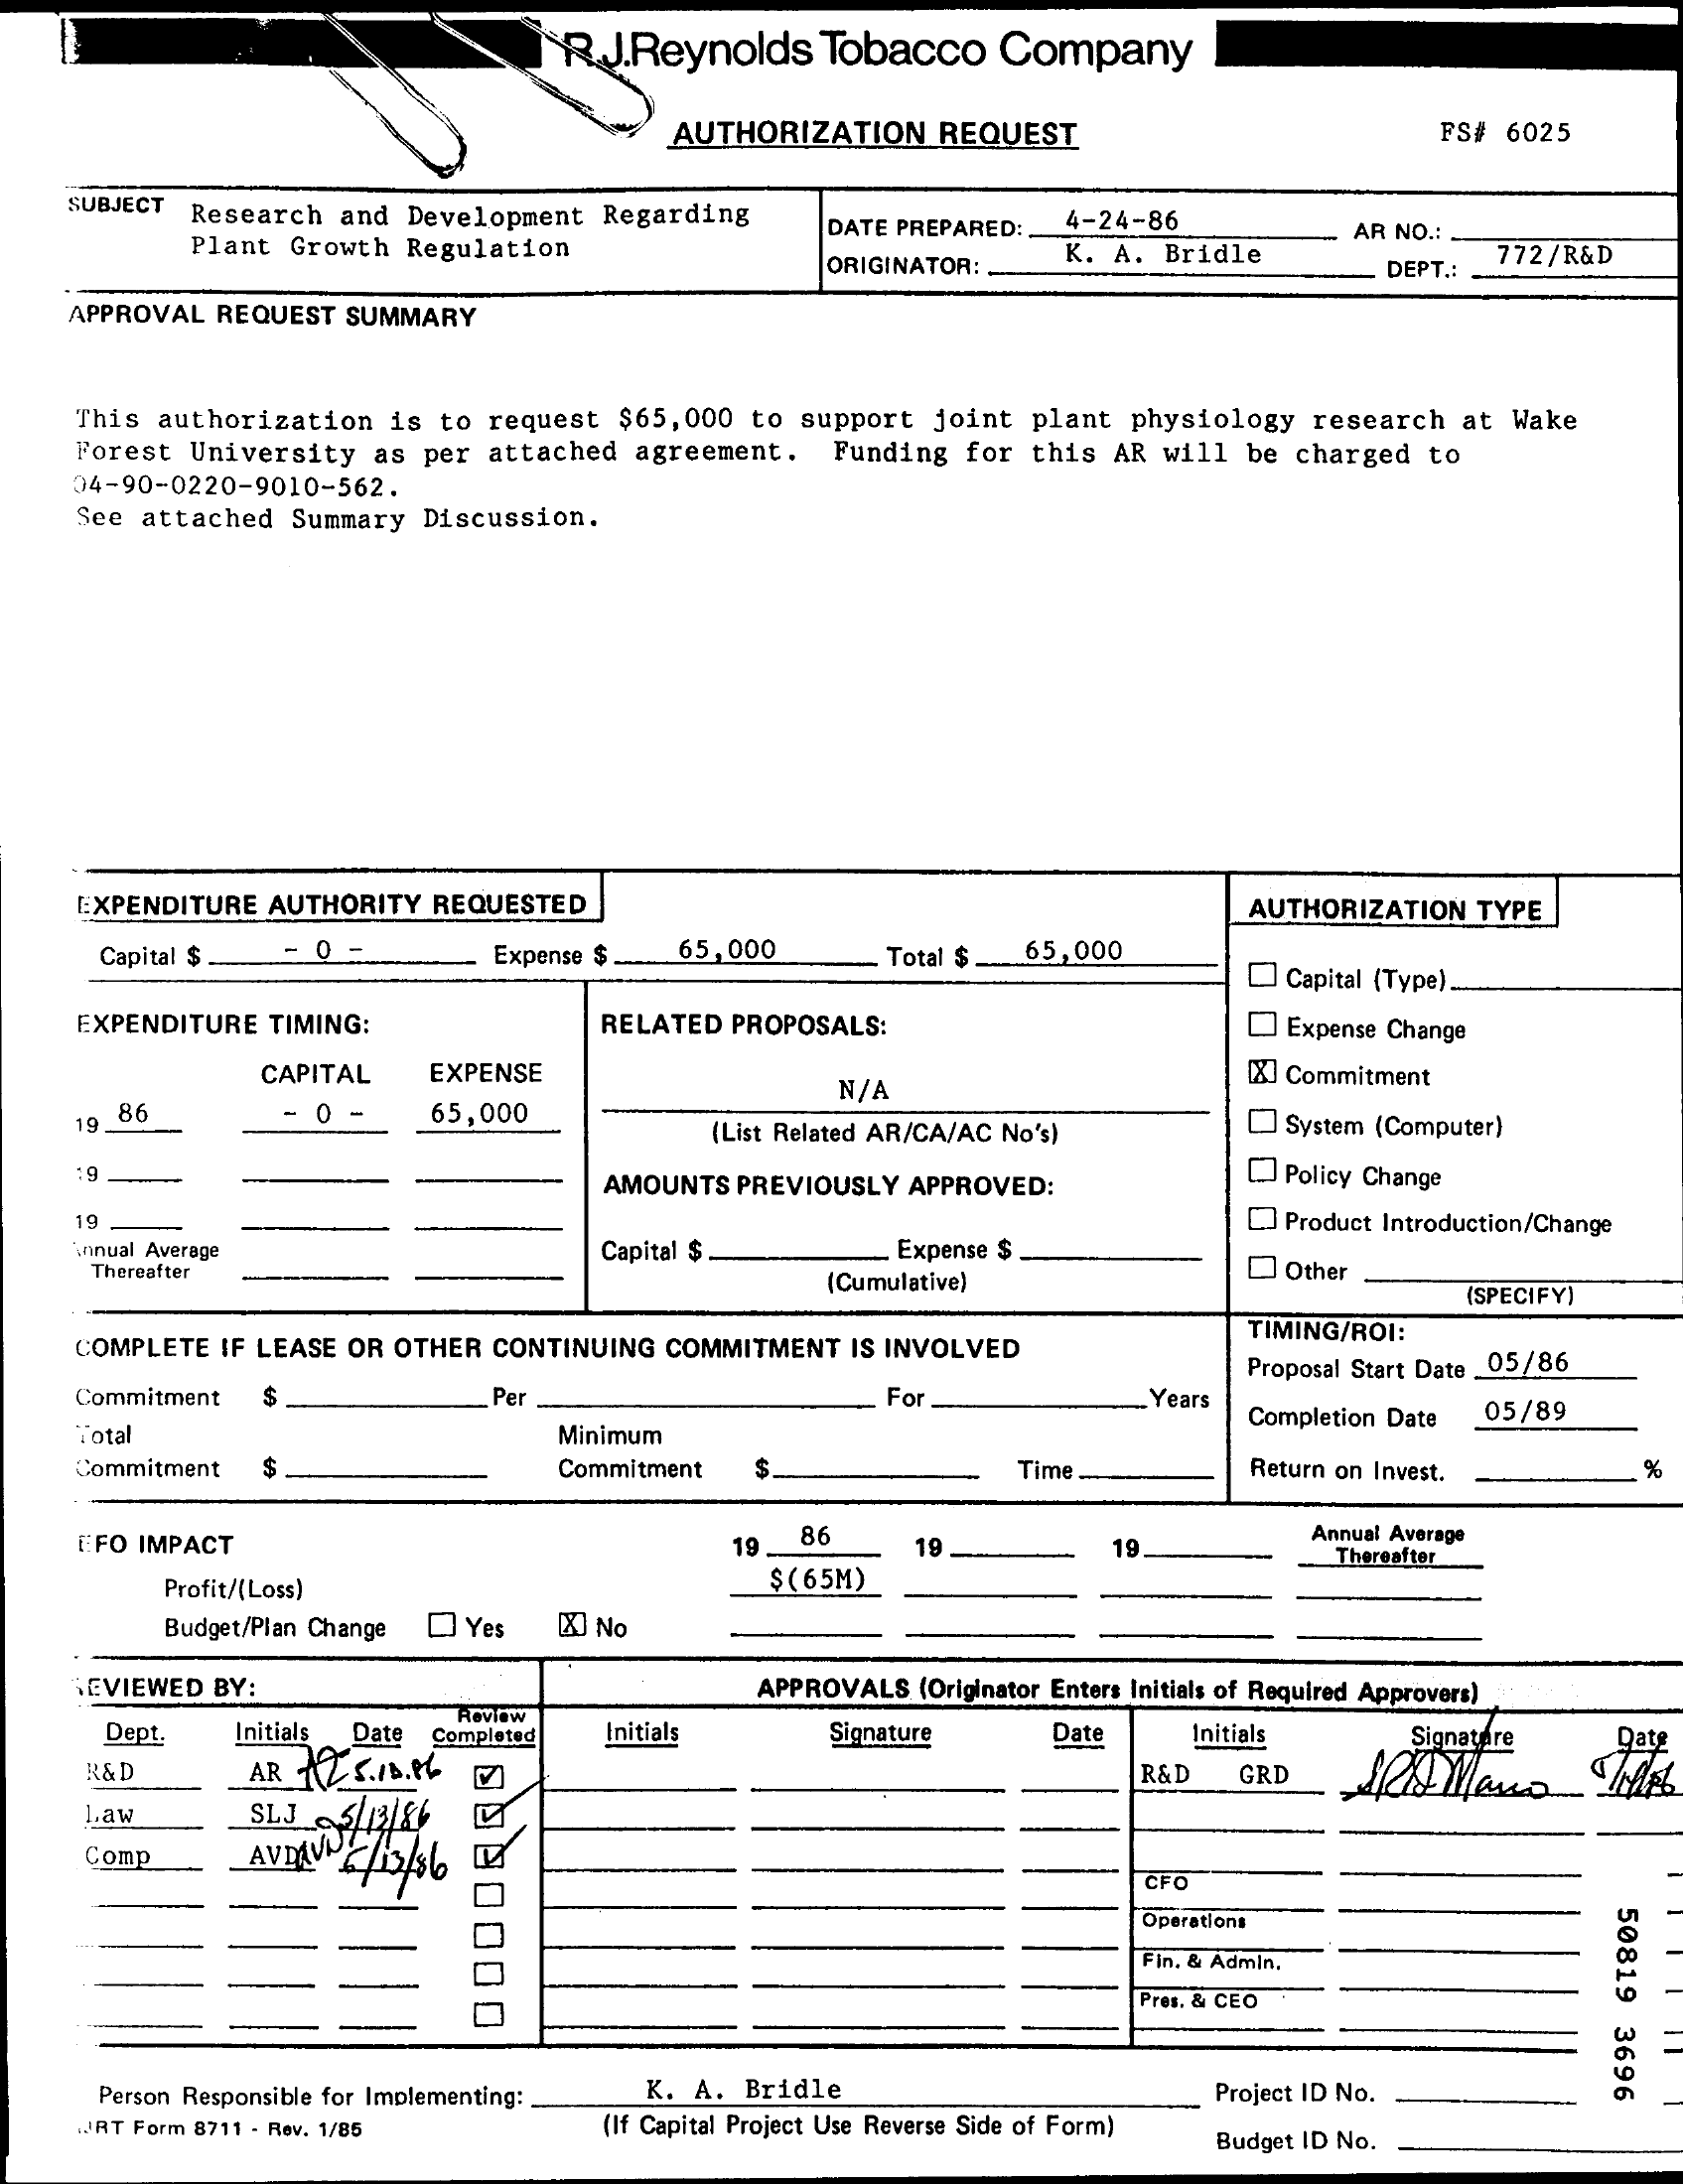
R  J.Reynolds Tobacco  Company
     AUTHORIZATION REQUEST    FS# 6025
    SUBJECT Research and Development Regarding
     Plant Growth Regulation
     DATE PREPARED: . 4-24-86    AR NO .:
     ORIGINATOR:  K. A. Bridle
     DEPT .:
     772/R&D
    APPROVAL REQUEST SUMMARY
    This authorization is to request $65,000 to support joint plant physiology research at Wake
    Forest University as per attached agreement. Funding for this AR will be charged to
    04-90-0220-9010-562.
    See attached Summary Discussion.
    EXPENDITURE AUTHORITY REQUESTED    AUTHORIZATION TYPE
     Capital $  0    Expense $ 65,000    Total $ 65,000
     Capital (Type).
    EXPENDITURE TIMING:    RELATED PROPOSALS:    Expense Change
     CAPITAL  EXPENSE    [X] Commitment
    19. 86    0    65,000
     N/A
     (List Related AR/CA/AC No's)  System (Computer)
    :9
     AMOUNTS PREVIOUSLY APPROVED:    Policy Change
    19    [ Product Introduction/Change
    annual Average    Capital $    Expense $
     Thereafter
     (Cumulative)    Other
     (SPECIFY)
    COMPLETE IF LEASE OR OTHER CONTINUING COMMITMENT IS INVOLVED
     TIMING/ROI:
     Proposal Start Date _05/86
    Commitment    Per    For    Years    05/89
     . otal    Minimum
     Completion Date
    Commitment    Commitment    Time.    Return on Invest.    %
    EFO IMPACT    19  86    19
     Annual Average
     19    Thereafter
     Profit/(Loss)    $ (65M)
     Budget/Plan Change D Yes [X] No
    .EVIEWED BY:    APPROVALS (Originator Enters Initials of Required Approvers)
     Dept. Initials Date
     Review
     AR - 2 5.10. PL
     Completed Initials  Signature   Date   Initials    Signature Date
     R& D    R&D  GRD
     Law    SLJ
     Comp    AVDAV /13/86
     CFO
     50819
     3696
     Operations
     Fin. & Admin.
     Pres. & CEO
     Person Responsible for Implementing: K. A. Bridle    Project ID No.
    "JJRT Form 8711 - Rev. 1/85 (If Capital Project Use Reverse Side of Form)
     Budget ID No.